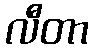
လီတာ